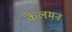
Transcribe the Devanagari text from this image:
केलमन